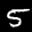
Label: 5